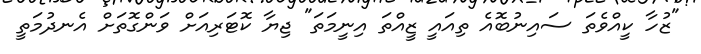
"ޒުހާ ކީއްވެތަ ސައިނުބޮއެ ތިއައީ ޒީއްތަ އިނީމަތަ" ޖިޔާ ކޮޓަރިއަށް ވަންގޮތަށް އެނދުމަތީ